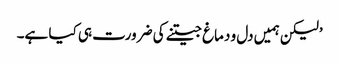
’لیکن ہمیں دل و دماغ جیتنے کی ضرورت ہی کیا ہے۔